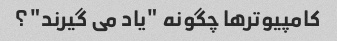
کامپیوترها چگونه "یاد می گیرند"؟